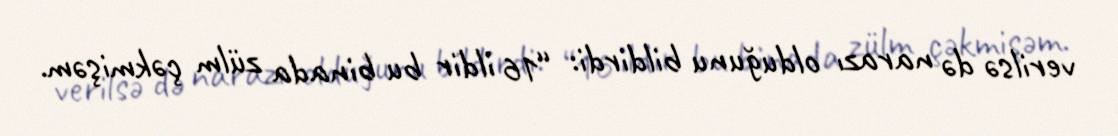
verilsə də narazı olduğunu bildirdi: “16 ildir bu binada zülm çəkmişəm.